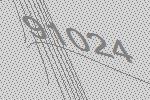
91024